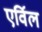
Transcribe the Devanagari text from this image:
एर्विल